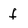
Character: f